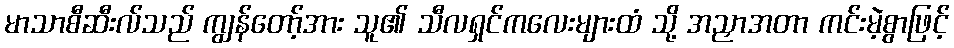
မာသာစီဆီးလ်သည် ကျွန်တော့်အား သူ၏ သီလရှင်ကလေးများထံ သို့ အညှာအတာ ကင်းမဲ့စွာဖြင့်